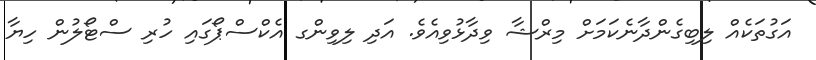
އަގުތަކެއް ލިބިގެންދާނެކަމަށް މިރްޝާ ވިދާޅުވިއެވެ. އަދި ލިވިންގ އެކްސްޕޯގައި ހުރި ސްޓޯލުން ހިޔާ